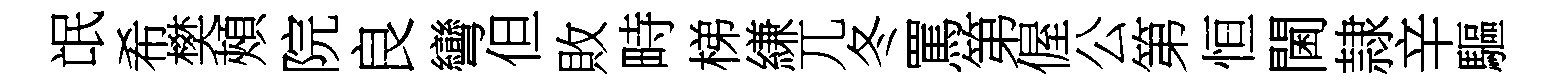
氓希樊頰院良彎但敗畤梯縑兀冬罵第偓公第恒閫隷辛驅